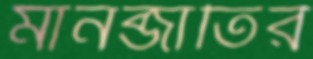
মানব্জাতির